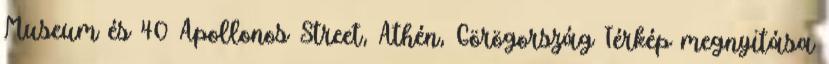
Museum és 40 Apollonos Street, Athén, Görögország Térkép megnyitása